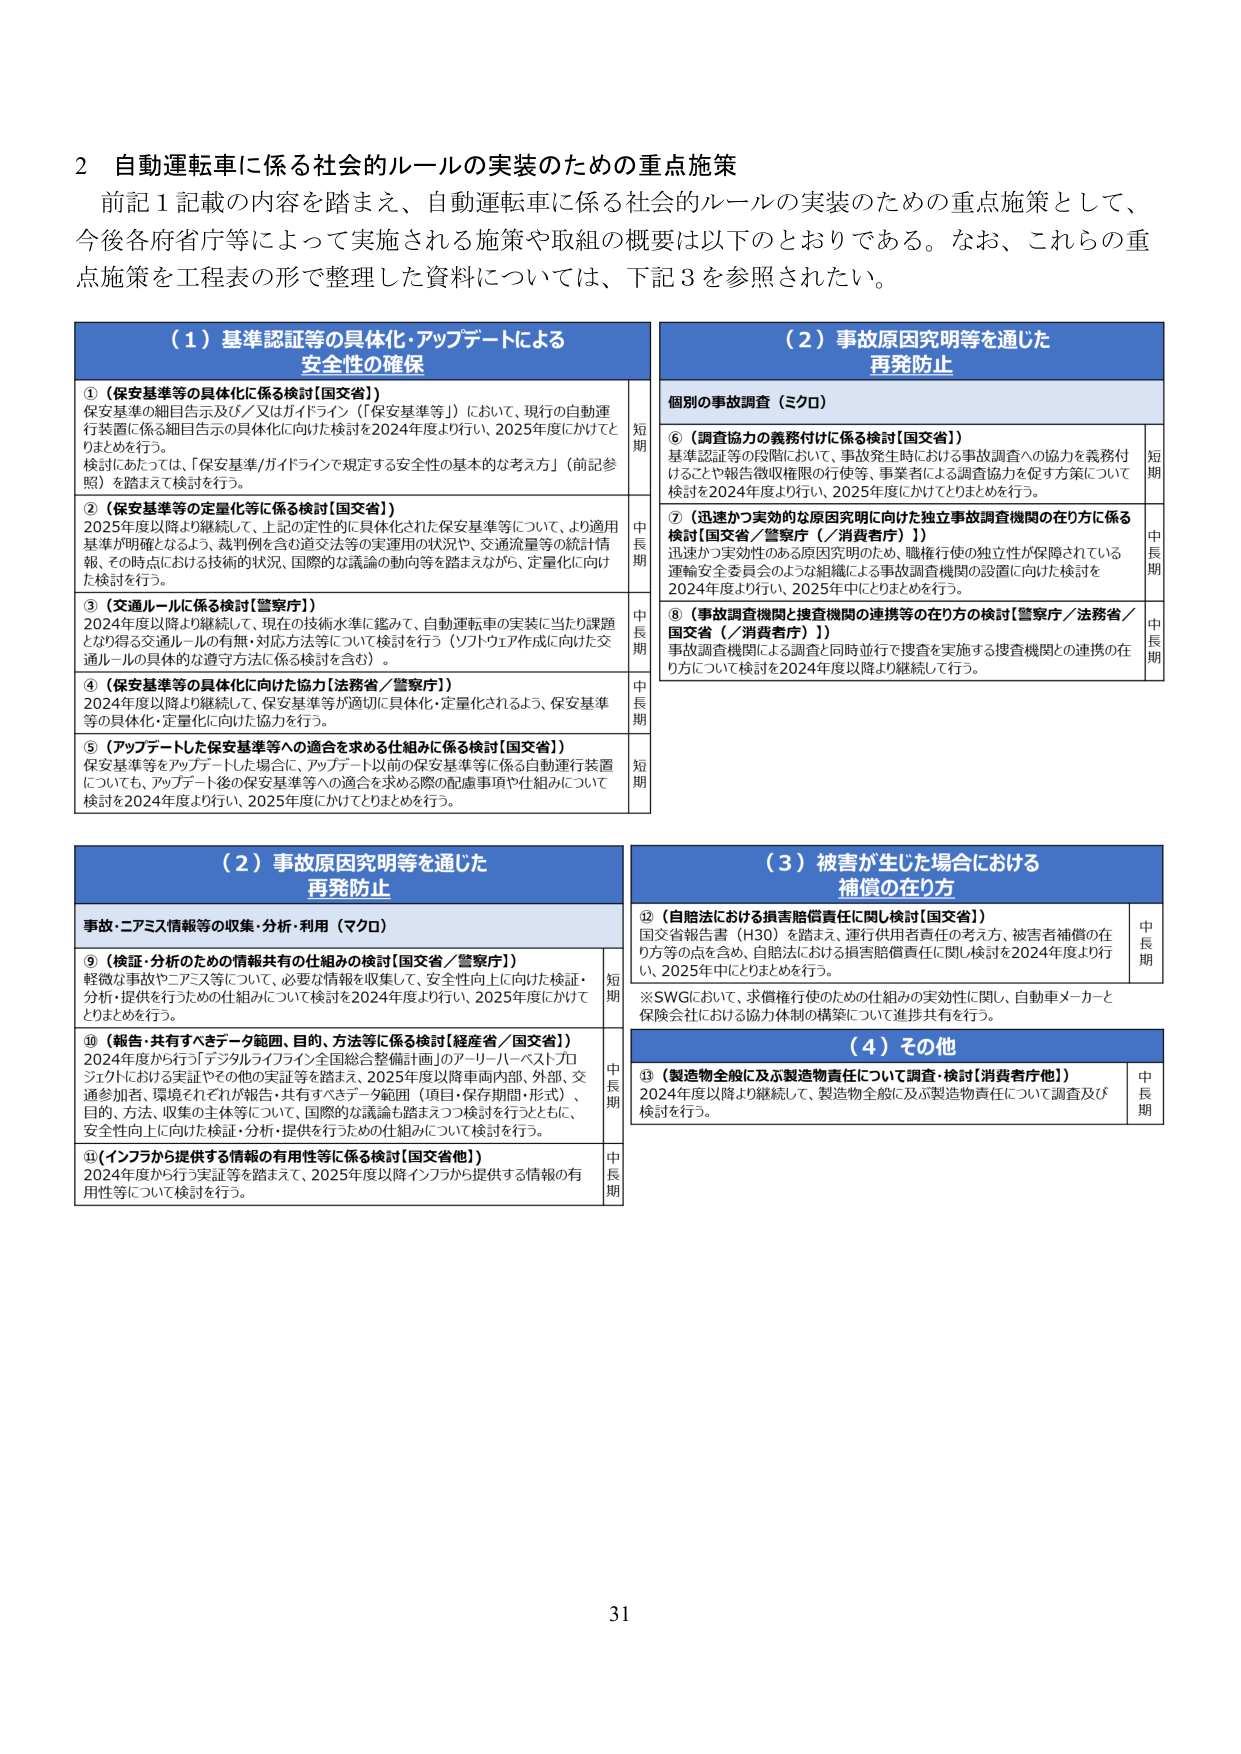
2 自動運転車に係る社会的ルールの実装のための重点施策
前記1記載の内容を踏まえ、自動運転車に係る社会的ルールの実装のための重点施策として、
今後各府省庁等によって実施される施策や取組の概要は以下のとおりである。なお、これらの重点施策を工程表の形で整理した資料については、下記3を参照されたい。

（1）基準認証等の具体化・アップデートによる
安全性の確保

①（保安基準等の具体化に係る検討【国交省】）
保安基準の細目告示及び／又はガイドライン（「保安基準等」）において、現行の自動運行装置に係る細目告示の具体化に向けた検討を2024年度より行い、2025年度にかけてとりまとめを行う。
検討にあたっては、「保安基準/ガイドラインで規定する安全性の基本的な考え方」（前記参照）を踏まえて検討を行う。
短期

②（保安基準等の定量化等に係る検討【国交省】）
2025年度以降より継続して、上記の定性的に具体化された保安基準等について、より適用基準が明確となるよう、裁判例を含む道交法等の実運用の状況や、交通流量等の統計情報、その時点における技術の状況、国際的な議論の動向等を踏まえながら、定量化に向けた検討を行う。
中長期

③（交通ルールに係る検討【警察庁】）
2024年度以降より継続して、現在の技術水準に鑑みて、自動運転車の実装に当たる課題となり得る交通ルールの有無・対応方法等について検討を行う（ソフトウェア作成に向けた交通ルールの具体的な遵守方法に係る検討を含む）。
中長期

④（保安基準等の具体化に向けた協力【法務省／警察庁】）
2024年度以降より継続して、保安基準等が適切に具体化・定量化されるよう、保安基準等の具体化・定量化に向けた協力を行う。
中長期

⑤（アップデートした保安基準等への適合を求める仕組みに係る検討【国交省】）
保安基準等をアップデートした場合に、アップデート以前の保安基準等に係る自動運行装置についても、アップデート後の保安基準等への適合を求める際の配慮事項や仕組みについて検討を2024年度より行い、2025年度にかけてとりまとめを行う。
短期

（2）事故原因究明等を通じた
再発防止

個別の事故調査（ミクロ）

⑥（調査協力の義務付けに係る検討【国交省】）
基準認証等の段階において、事故発生時における事故調査への協力を義務付けることや報告徴収権限の行使等、事業者による調査協力を促す方策について検討を2024年度より行い、2025年度にかけてとりまとめを行う。
短期

⑦（迅速かつ実効的な原因究明に向けた独立事故調査機関の在り方に係る検討【国交省／警察庁（／消費者庁）】）
迅速かつ実効性のある原因究明のため、職権行使の独立性が保障されている運輸安全委員会のような組織による事故調査機関の設置に向けた検討を2024年度より行い、2025年中にとりまとめを行う。
中長期

⑧（事故調査機関と捜査機関の連携等の在り方の検討【警察庁／法務省／国交省（／消費者庁）】）
事故調査機関による調査と同時並行で捜査を実施する捜査機関との連携の在り方について検討を2024年度以降より継続して行う。
中長期

（2）事故原因究明等を通じた
再発防止

事故・ニミス情報等の収集・分析・利用（マクロ）

⑨（検証・分析のための情報共有の仕組みの検討【国交省／警察庁】）
軽微な事故やニミス等について、必要な情報を収集して、安全性向上に向けた検証・分析・提供を行うための仕組みについて検討を2024年度より行い、2025年度にかけてとりまとめを行う。
短期

⑩（報告・共有すべきデータ範囲、目的、方法等に係る検討【経産省／国交省】）
2024年度から行う「デジタルライフガイド全国総合整備計画」のアーバン・ベストプロジェクトにおける実証やその他の実証等を踏まえ、2025年度以降車両内部・外部、交通参加者、環境それぞれが報告・共有すべきデータ範囲（項目・保存期間・形式）、目的、方法、収集の主体等について、国際的な議論も踏まえつつ検討を行うとともに、安全性向上に向けた検証・分析・提供を行うための仕組みについて検討を行う。
中長期

⑪（インフラから提供する情報の有用性等に係る検討【国交省他】）
2024年度から行う実証等を踏まえて、2025年度以降インフラから提供する情報の有用性等について検討を行う。
中長期

（3）被害が生じた場合における
補償の在り方

⑫（自賠法における損害賠償責任に関し検討【国交省】）
国交省報告書（H30）を踏まえ、運行供用者責任の考え方、被害者補償の在り方等の点を含め、自賠法における損害賠償責任に関し検討を2024年度より行い、2025年中にとりまとめを行う。
※SWGにおいて、求償権行使のための仕組みの実効性に関し、自動車メーカーと保険会社における協力体制の構築について進捗共有を行う。
中長期

（4）その他

⑬（製造物全般に及ぶ製造物責任について調査・検討【消費者庁他】）
2024年度以降より継続して、製造物全般に及ぶ製造物責任について調査及び検討を行う。
中長期

31